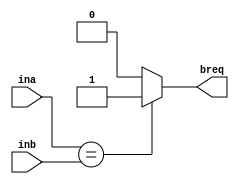
`timescale 1ns / 1ps

module branchcomp(
    input [31:0] ina,
    input [31:0] inb,
    output reg breq
    );
	
	always @(*)
		if (ina == inb)
			begin
				breq = 1'b1;
			end
		else
			begin
				breq = 1'b0;
			end
endmodule